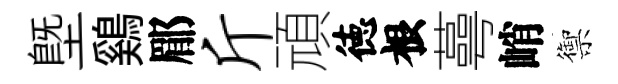
塈鷄郿斤頑徳根蕚峭禦